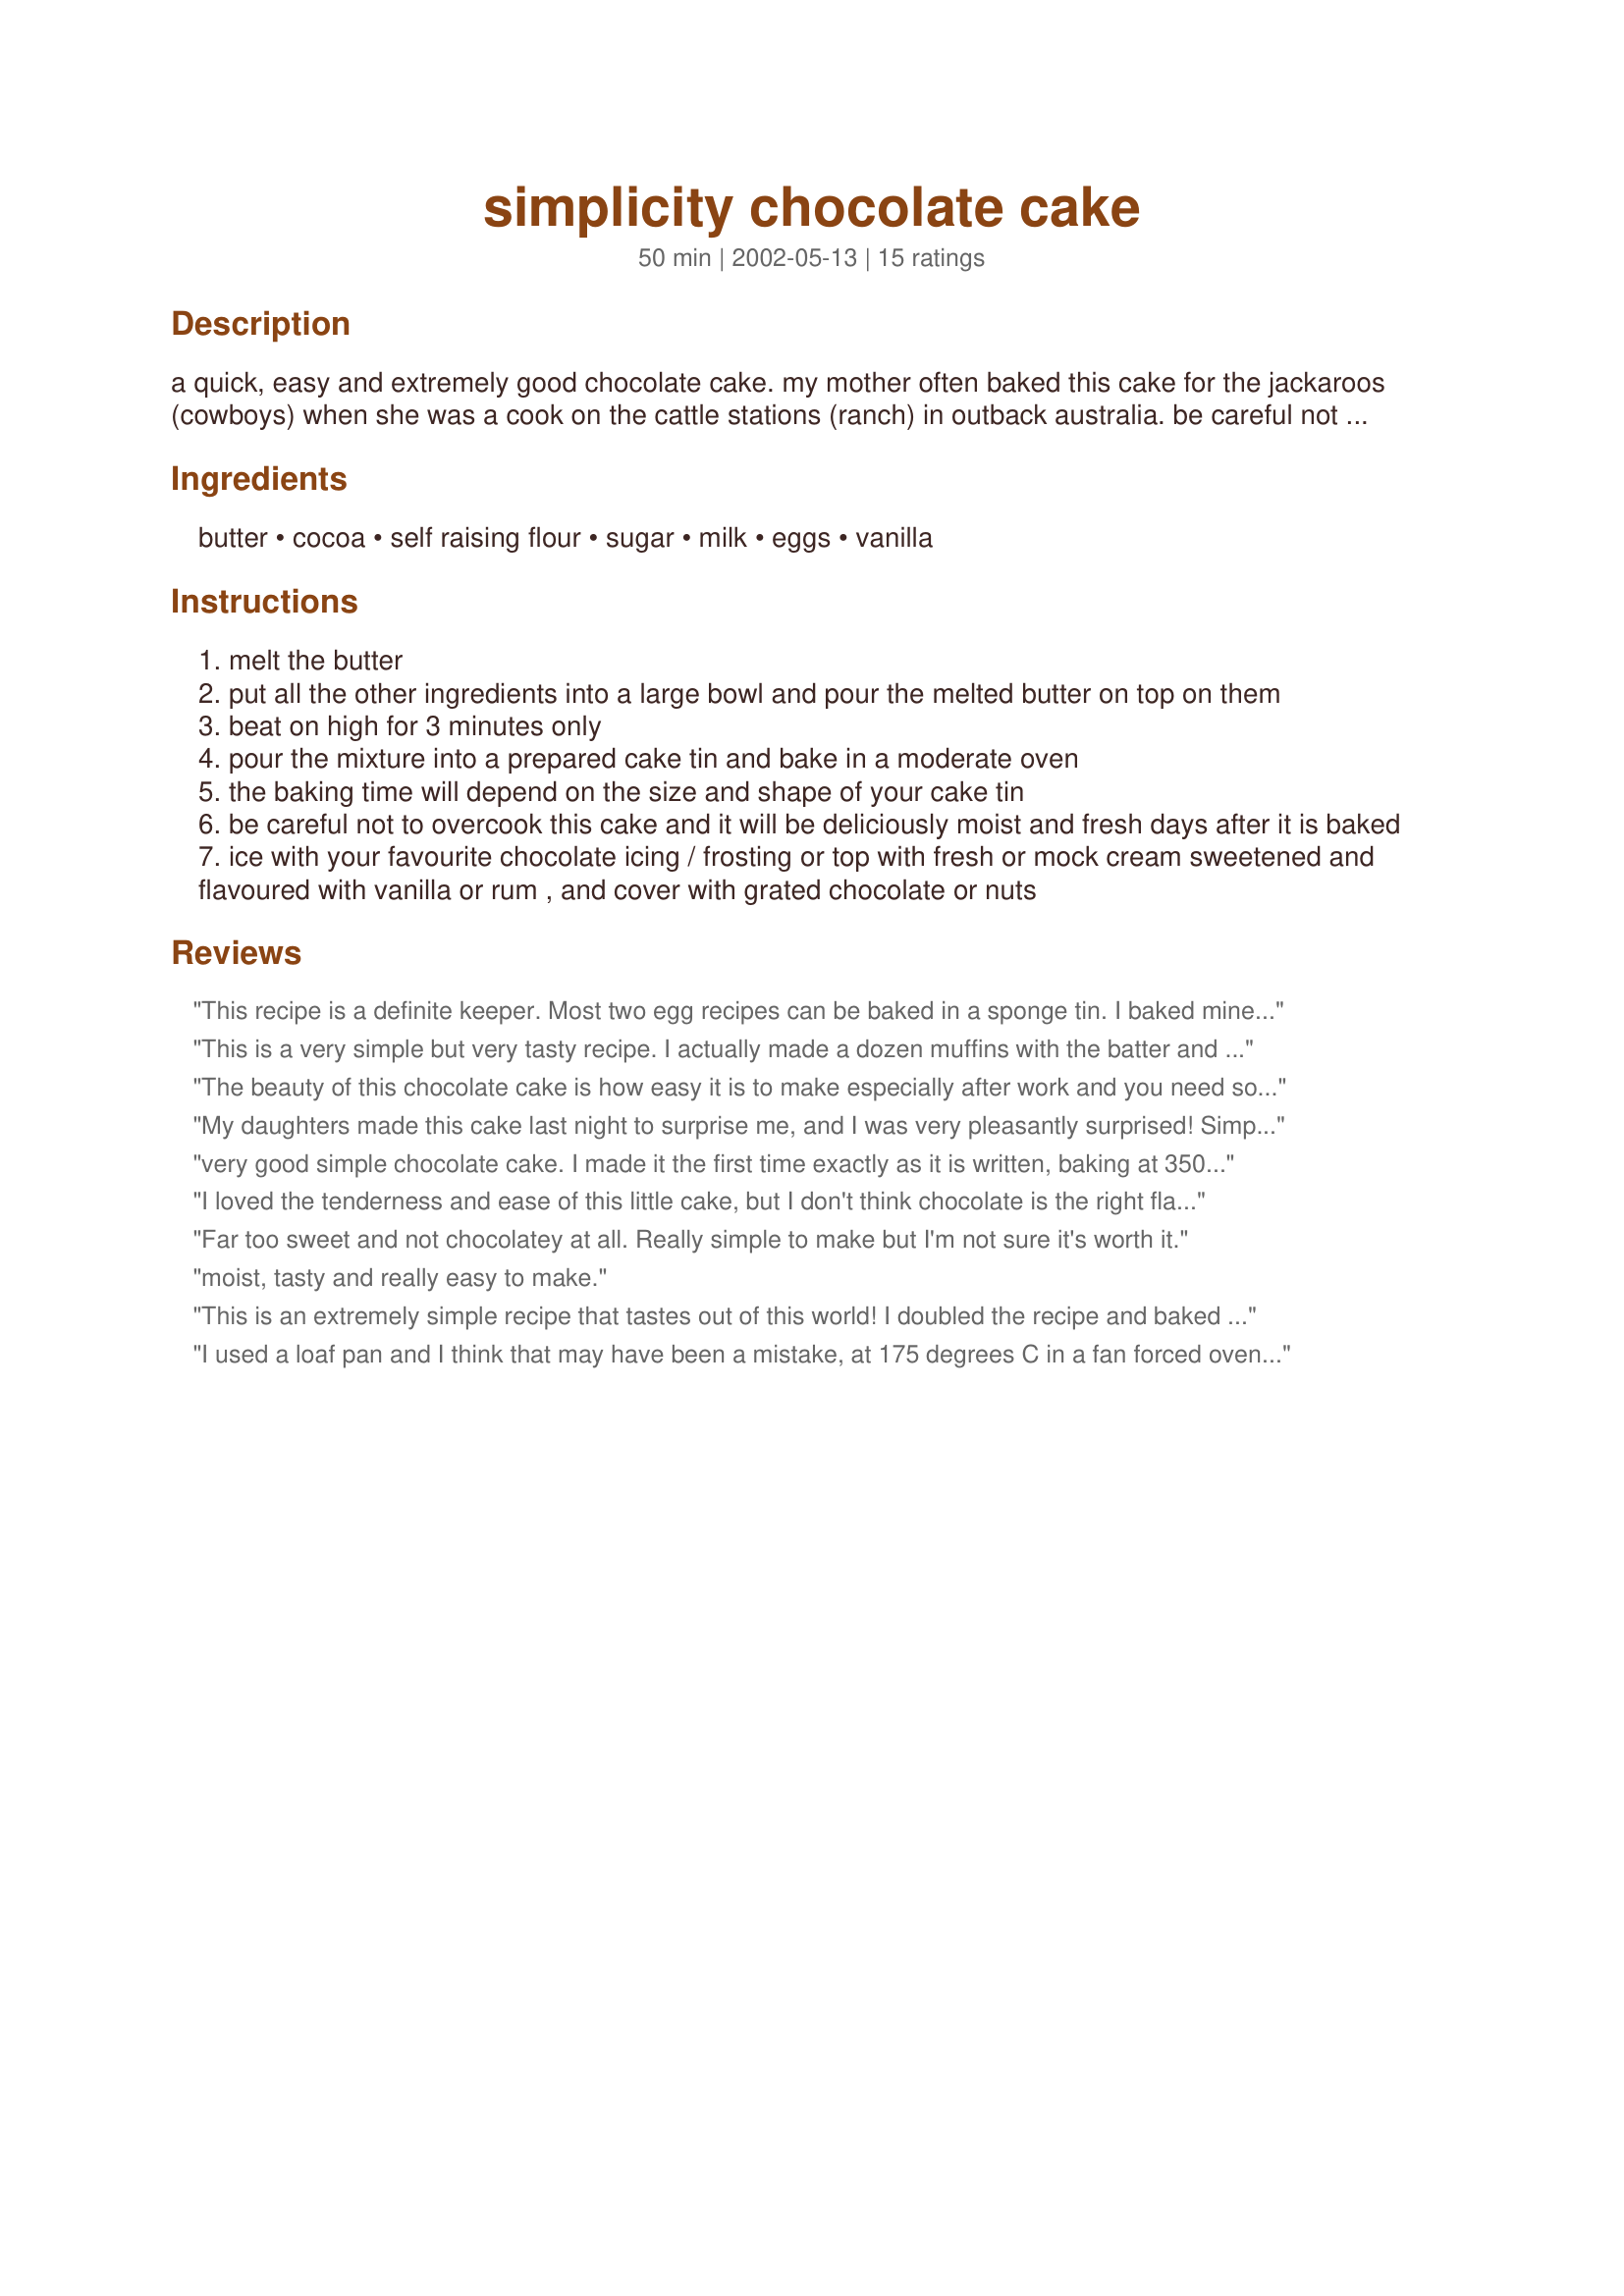
simplicity chocolate cake
Preparation time: 50 minutes

a quick, easy and extremely good chocolate cake. my mother often baked this cake for the jackaroos (cowboys) when she was a cook on the cattle stations (ranch) in outback australia. be careful not to overcook this cake and it will stay moist and fresh for days. enjoy. i use this recipe on a regular basis.

Ingredients:
butter, cocoa, self raising flour, sugar, milk, eggs, vanilla

Steps:
melt the butter
put all the other ingredients into a large bowl and pour the melted butter on top on them
beat on high for 3 minutes only
pour the mixture into a prepared cake tin and bake in a moderate oven
the baking time will depend on the size and shape of your cake tin
be careful not to overcook this cake and it will be deliciously moist and fresh days after it is baked
ice with your favourite chocolate icing / frosting or top with fresh or mock cream sweetened and flavoured with vanilla or rum , and cover with grated chocolate or nuts

Reviews:
This recipe is a definite keeper. Most two egg recipes can be baked in a sponge tin. I baked mine in a springform tin and was very pleasantly surprised by how high it rose. It took 30 minutes in my small oven. It has an excellent texture and taste as well. And this has the easiest preparation I have ever come across. This recipe belongs to the Six Star recipe club. 
Additional: This has become my default birthday cake recipe. It's not too sweet so I can ice away happily knowing the final product is edible. And it is ultra reliable. And the recipe is quick - perfect if you are doing a cake at the last minute or have to make more than one cake.
This is a very simple but very tasty recipe. I actually made a dozen muffins with the batter and baked them for 25-30 minutes at 160-170 C. Thanks for sharing this with us!
The beauty of this chocolate cake is how easy it is to make especially after work and you need something to put in a lunch box the next day and don't want to spend the whole evening baking. It is really good every day food that is quick and easy but can also be tarted up to look smart and sophisticated with a little imagination. Certainly a recipe to keep and use often. Thank you.
My daughters made this cake last night to surprise me, and I was very pleasantly surprised! Simplicity doesn't even begin to describe this cake, it was so easy to put together the 10 year old did most of it herself. We didn't have any self-raising flour in the house, so they used regular flour with a teaspoon of baking powder. Thanks Chrissy, your mom's cake is a winner!
very good simple chocolate cake. I made it the first time exactly as it is written, baking at 350 for 35 minutes. It was a little too sweet and not rich enough for my taste. I made it a second time, but non-dairy, substituting coconut milk for regular milk and using only 3/4 cup sugar and doubling the unsweetened cocoa powder. It came out much better. I am making it a third time next week using 2/3 cup of sugar and 4 tbsp cocoa powder and i think it will be perfect! It is especially good if you do not use frosting but instead just sift some confectioners sugar on top!
I loved the tenderness and ease of this little cake, but I don't think chocolate is the right flavor for me in this case. Even with extra cocoa, it wasn't that chocolatey. I'd like to try the same idea but make it a caramel or spice cake. Also, it was very sweet, but I consulted a cookbook and it said all quick cakes made on this principle have to be extra sweet to work, so that's not the fault of the recipe but just something to know.
Far too sweet and not chocolatey at all. Really simple to make but I'm not sure it's worth it.
moist, tasty and really easy to make.
This is an extremely simple recipe that tastes out of this world! I doubled the recipe and baked in two 9" pans at 350 for 30 minutes .. I cut each in half and sandwiched the four layers with some chocolate mousse ... I loved this and so did everyone else!! thanks!
I used a loaf pan and I think that may have been a mistake, at 175 degrees C in a fan forced oven it took 45 minutes to cook through and was slightly burnt on top, think I need to use a bigger cake tin and turn oven down to 170. DH felt it was a bit dry (but change of cake tin may change that) but it was very easy and quick to prepare. Will retrial and hopefully change rating. Thank you Chrissyo.
This is a delicious cake!! I made it exactly as the recipe said, and my family and friends loved it. I made one for a friend to take to work, and her co-workers loved it so much, she told them SHE made it! And she hates baking!<br/>What a delicious, wonderfully rich and moist cake it is, and stays moist for days! I made it with a frosting recipe also found on this website. Pure heaven!
Very easy and simply delicious. I used almond flavoring and baked mine in a 8x8 baking dish. Baked it for 35 minutes. Great!! Thanks!
Easy chocolate cake, that isn't full of eggs and butter. Good basic chocolate cake. Will be keeping this recipe.
I made this for my son's birthday. It was so easy and very moist. Good recipe.
Rainy day, two bored 10 year old girls. Said, let's make Chrissy O's chocolate cake. Dead easy - they made one each - licked the beaters and the bowls, pressed their noses up against the oven to watch them rise. Left one for us and took one home for their lunch. A very nice, moist cake with a great crispy top. Would suggest lining the tin with silicone paper as even well-buttered it was a bit difficult to turn out. Also added an extra tablespoon of cocoa to the recipe.
4 stars for the cake Chrissy with an extra one for being so easy to make.
